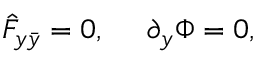
\hat { F } _ { y \bar { y } } = 0 , ~ ~ ~ ~ \partial _ { y } \Phi = 0 ,